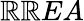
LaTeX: \mathbb{R}\mathbb{R}EA